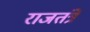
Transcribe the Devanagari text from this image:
राजतंत्रे